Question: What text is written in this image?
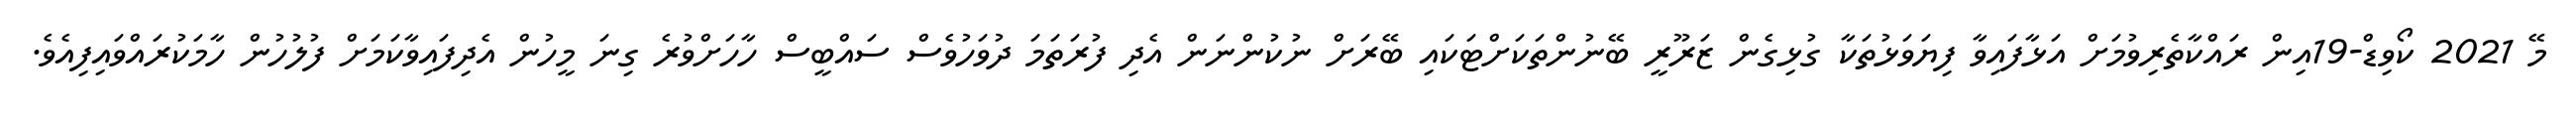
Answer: މޭ 2021 ކޯވިޑް-19އިން ރައްކާތެރިވުމަށް އަޅާފައިވާ ފިޔަވަޅުތަކާ ގުޅިގެން ޒަރޫރީ ބޭނުންތަކަށްޓަކައި ބޭރަށް ނުކުންނަން އެދި ފުރަތަމަ ދުވަހުވެސް ސައްބީސް ހާހަށްވުރެ ގިނަ މީހުން އެދިފައިވާކަމަށް ފުލުހުން ހާމަކުރައްވައިފިއެވެ.